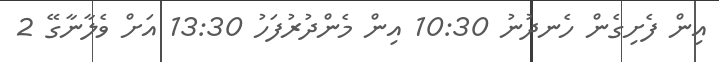
އިން ފެށިގެން ހެނދުނު 10:30 އިން މެންދުރުފަހު 13:30 އަށް ވެލާނާގޭ 2